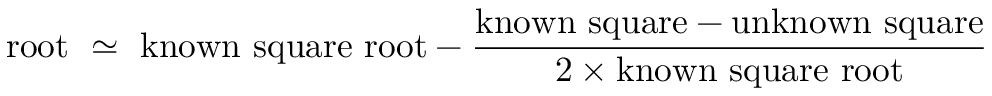
{ \mathrm { r o o t ~ } } \simeq { \mathrm { ~ k n o w n ~ s q u a r e ~ r o o t } } - { \frac { { \mathrm { k n o w n ~ s q u a r e } } - { \mathrm { u n k n o w n ~ s q u a r e } } } { 2 \times { \mathrm { k n o w n ~ s q u a r e ~ r o o t } } } }